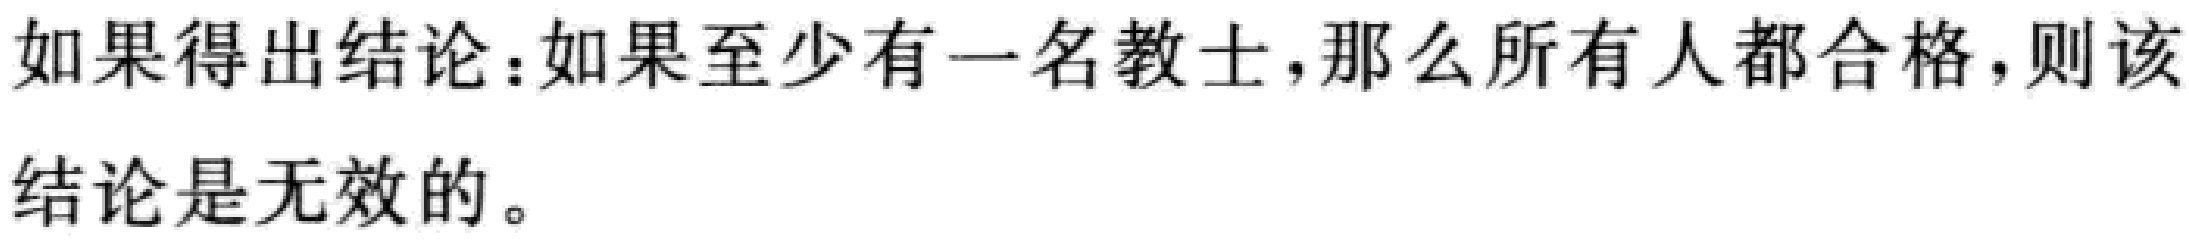
如果得出结论：如果至少有一名教士，那么所有人都合格，则该结论是无效的。